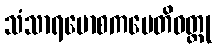
သံသာရမောစကပေတိဝတ္ထု